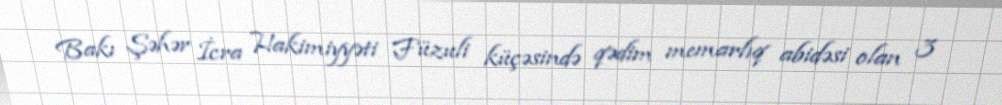
Bakı Şəhər İcra Hakimiyyəti Füzuli küçəsində qədim memarlıq abidəsi olan 3